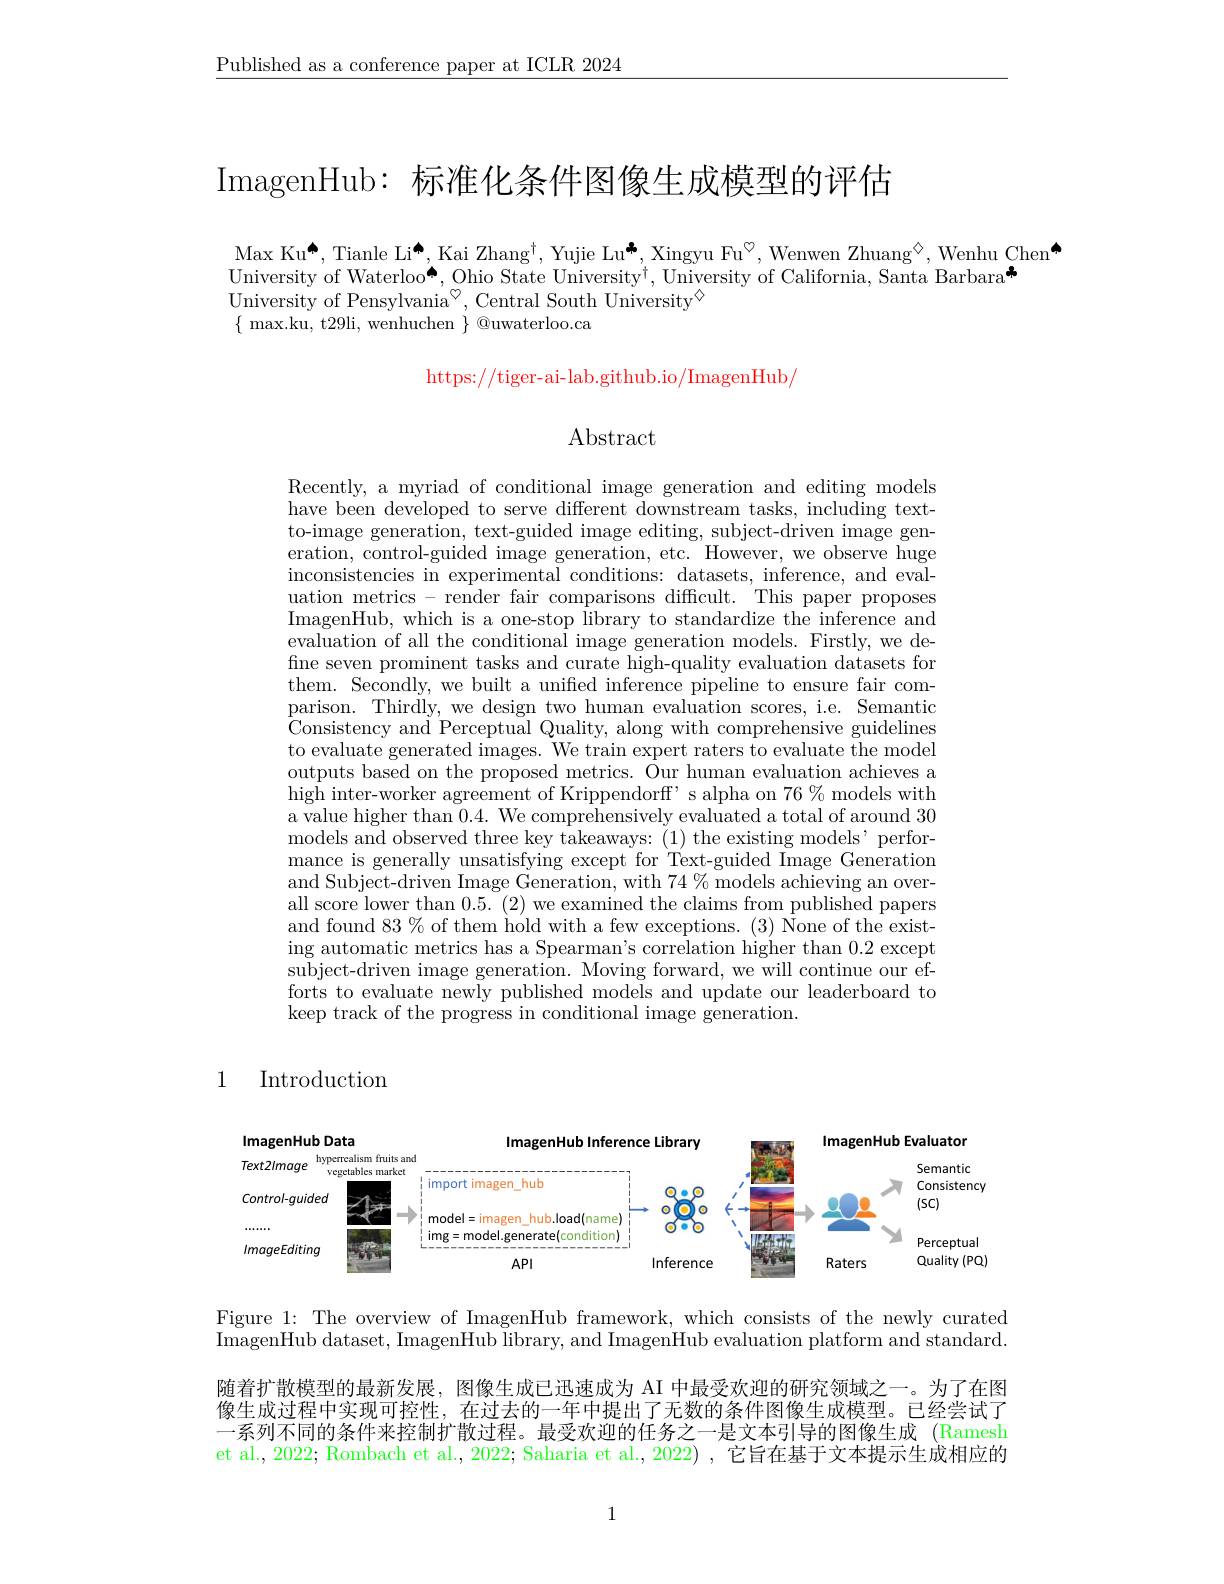
$\underline{\text{Published as a conference paper at ICLR 2024}}$

ImagenHub: 标准化条件图像生成模型的评估

Max Ku[INDEX], Tianle Li[INDEX], Kai Zhang$^\dagger,\text{Yujie Lu}^{*},\text{Xingyu Fu}^{\circ}$, Wenwen Zhuang$^{\textcircled{\circ}}$,Wenhu Chen[INDEX]
University of Waterloo[INDEX], Ohio State University$^\dagger$, University of California, Santa Barbara+
University of Pensylvania$^\heartsuit$, Central South University$^\diamondsuit$
$\{\begin{array}{c}\text{max.ku, t29li, wenhuchen}\\\end{array}\}\begin{array}{c}\textcircled {Q}\text{uwaterloo.ca}\\\end{array}$

https://tiger-ai-lab.github.io/ImagenHub/

Abstract

Recently, a myriad of conditional image generation and editing models have been developed to serve different downstream tasks, including textto-image generation, text-guided image editing, subject-driven image generation, control-guided image generation, etc. However, we observe huge inconsistencies in experimental conditions: datasets, inference, and evaluation metrics - render fair comparisons difficult. This paper proposes ImagenHub, which is a one-stop library to standardize the inference and evaluation of all the conditional image generation models. Firstly, we define seven prominent tasks and curate high-quality evaluation datasets for them. Secondly, we built a unified inference pipeline to ensure fair comparison. Thirdly, we design two human evaluation scores, i.e. Semantic Consistency and Perceptual Quality, along with comprehensive guidelines to evaluate generated images. We train expert raters to evaluate the model outputs based on the proposed metrics. Our human evaluation achieves a high inter-worker agreement of Krippendorff' s alpha on $76\%$ models with a value higher than 0.4. We comprehensively evaluated a total of around 30 models and observed three key takeaways: ( 1) the existing models,performance is generally unsatisfying except for Text-guided Image Generation and Subject-driven Image Generation, with $74\%$ models achieving an overall score lower than 0.5. ( 2) we examined the claims from published papers and found $83\%$ of them hold with a few exceptions. (3) None of the existing automatic metrics has a Spearman's correlation higher than 0.2 except subject-driven image generation. Moving forward, we will continue our efforts to evaluate newly published models and update our leaderboard to keep track of the progress in conditional image generation.

1 Introduction

<FigureHere>

Figure 1: The overview of ImagenHub framework, which consists of the newly curated ImagenHub dataset, ImagenHub library, and ImagenHub evaluation platform and standard.

随着扩散模型的最新发展，图像生成已迅速成为 AI 中最受欢迎的研究领域之一。为了在图像生成过程中实现可控性，在过去的一年中提出了无数的条件图像生成模型。已经尝试了一系列不同的条件来控制扩散过程。最受欢迎的任务之一是文本引导的图像生成 (Ramesh et al., 2022; Rombach et al., 2022; Saharia et al., 2022) , 它旨在基于文本提示生成相应的

1